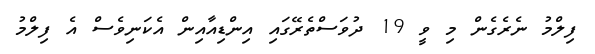
ފިލްމު ނެރެގެން މި ވީ 19 ދުވަސްތެރޭގައި އިންޑިއާއިން އެކަނިވެސް އެ ފިލްމު